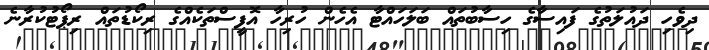
ދިވެހި ދައުލަތުގެ ފައިސާގެ ހިސާބުތައް ބަލަހައްޓާ އެހެން ހުރިހާ އޮފީސްތަކެއްގެ ރިކޯޑުތައް ރިޕޯޓުކުރާނެ